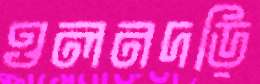
ওলনদড়ি